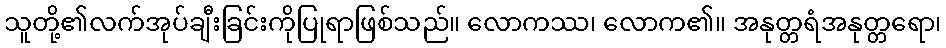
သူတို့၏လက်အုပ်ချီးခြင်းကိုပြုရာဖြစ်သည်။ လောကဿ၊ လောက၏။ အနုတ္တရံအနုတ္တရော၊